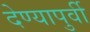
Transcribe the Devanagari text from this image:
देण्यापुर्वी